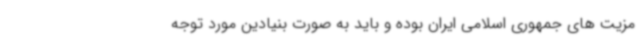
مزیت های جمهوری اسلامی ایران بوده و باید به صورت بنیادین مورد توجه